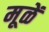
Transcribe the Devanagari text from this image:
मूळें